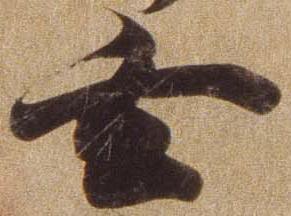
玄